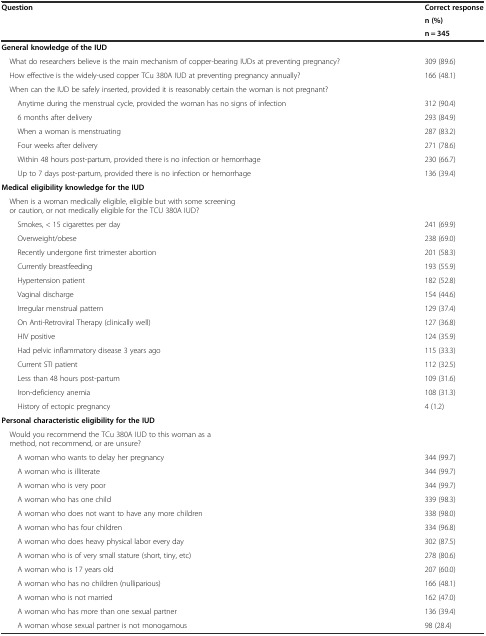
<table><thead><tr><td><b>Question</b></td><td><b>Correct response</b></td></tr><tr><td></td><td><b>n (%)</b></td></tr><tr><td></td><td><b>n = 345</b></td></tr></thead><tbody><tr><td><b>General knowledge of the IUD</b></td><td></td></tr><tr><td> What do researchers believe is the main mechanism of copper-bearing IUDs at preventing pregnancy?</td><td>309 (89.6)</td></tr><tr><td> How effective is the widely-used copper TCu 380A IUD at preventing pregnancy annually?</td><td>166 (48.1)</td></tr><tr><td> When can the IUD be safely inserted, provided it is reasonably certain the woman is not pregnant?</td><td></td></tr><tr><td>Anytime during the menstrual cycle, provided the woman has no signs of infection</td><td>312 (90.4)</td></tr><tr><td>6 months after delivery</td><td>293 (84.9)</td></tr><tr><td>When a woman is menstruating</td><td>287 (83.2)</td></tr><tr><td>Four weeks after delivery</td><td>271 (78.6)</td></tr><tr><td>Within 48 hours post-partum, provided there is no infection or hemorrhage</td><td>230 (66.7)</td></tr><tr><td>Up to 7 days post-partum, provided there is no infection or hemorrhage</td><td>136 (39.4)</td></tr><tr><td><b>Medical eligibility knowledge for the IUD</b></td><td></td></tr><tr><td> When is a woman medically eligible, eligible but with some screening or caution, or not medically eligible for the TCU 380A IUD?</td><td></td></tr><tr><td>Smokes, &lt; 15 cigarettes per day</td><td>241 (69.9)</td></tr><tr><td>Overweight/obese</td><td>238 (69.0)</td></tr><tr><td>Recently undergone first trimester abortion</td><td>201 (58.3)</td></tr><tr><td>Currently breastfeeding</td><td>193 (55.9)</td></tr><tr><td>Hypertension patient</td><td>182 (52.8)</td></tr><tr><td>Vaginal discharge</td><td>154 (44.6)</td></tr><tr><td>Irregular menstrual pattern</td><td>129 (37.4)</td></tr><tr><td>On Anti-Retroviral Therapy (clinically well)</td><td>127 (36.8)</td></tr><tr><td>HIV positive</td><td>124 (35.9)</td></tr><tr><td>Had pelvic inflammatory disease 3 years ago</td><td>115 (33.3)</td></tr><tr><td>Current STI patient</td><td>112 (32.5)</td></tr><tr><td>Less than 48 hours post-partum</td><td>109 (31.6)</td></tr><tr><td>Iron-deficiency anemia</td><td>108 (31.3)</td></tr><tr><td>History of ectopic pregnancy</td><td>4 (1.2)</td></tr><tr><td><b>Personal characteristic eligibility for the IUD</b></td><td></td></tr><tr><td> Would you recommend the TCu 380A IUD to this woman as a method, not recommend, or are unsure?</td><td></td></tr><tr><td>A woman who wants to delay her pregnancy</td><td>344 (99.7)</td></tr><tr><td>A woman who is illiterate</td><td>344 (99.7)</td></tr><tr><td>A woman who is very poor</td><td>344 (99.7)</td></tr><tr><td>A woman who has one child</td><td>339 (98.3)</td></tr><tr><td>A woman who does not want to have any more children</td><td>338 (98.0)</td></tr><tr><td>A woman who has four children</td><td>334 (96.8)</td></tr><tr><td>A woman who does heavy physical labor every day</td><td>302 (87.5)</td></tr><tr><td>A woman who is of very small stature (short, tiny, etc)</td><td>278 (80.6)</td></tr><tr><td>A woman who is 17 years old</td><td>207 (60.0)</td></tr><tr><td>A woman who has no children (nulliparious)</td><td>166 (48.1)</td></tr><tr><td>A woman who is not married</td><td>162 (47.0)</td></tr><tr><td>A woman who has more than one sexual partner</td><td>136 (39.4)</td></tr><tr><td>A woman whose sexual partner is not monogamous</td><td>98 (28.4)</td></tr></tbody></table>